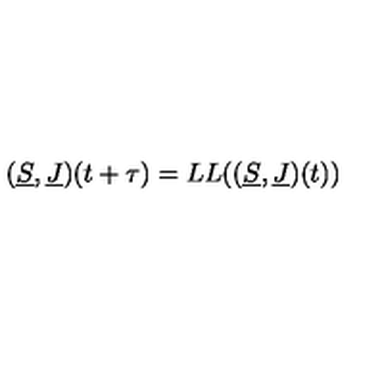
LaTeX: ( \underline { { S } } , \underline { { J } } ) ( t + \tau ) = L L ( ( \underline { { S } } , \underline { { J } } ) ( t ) )